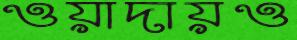
ওয়াদায়ও